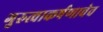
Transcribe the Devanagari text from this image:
गुरुत्वाकर्षणाचेच